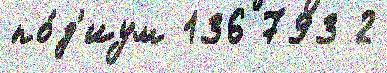
по́д'иум 136 793 2